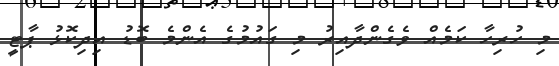
މި ހުރިހާ ކަމެއް ވެގެންދާއިރު މި ގައުމުގެ އެންމެ ބޮޑު އިދިކޮޅު ޕާޓީ